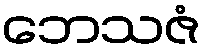
ဘေသဇံ